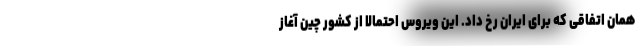
همان اتفاقی که برای ایران رخ داد. این ویروس احتمالا از کشور چین آغاز